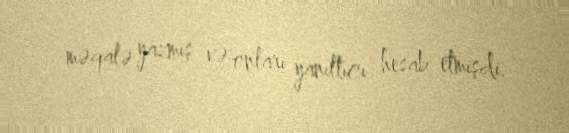
məqalə yazmış və onları yanıltıcı hesab etmişdi.